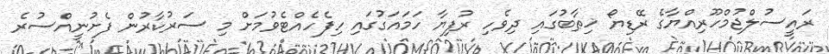
ރައީސުލްޖުމްހޫރިއްޔާގެ ރޭޑިޔޯ ޚިޠާބުގައި ދިވެހި ރުފިޔާ ހަމައަގުގައި ހިފެހެއްޓެވުމަށް މި ސަރުކާރުން ފެށުނީއްސުރެ